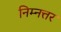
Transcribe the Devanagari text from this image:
निम्नत्तर